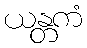
ယန္တကံ